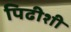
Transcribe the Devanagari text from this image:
पिढीशी